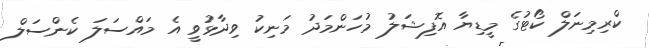
ކްރިމިނަލް ކޯޓުގެ މީޑިޔާ އޮފިޝަލު މުހަންމަދު މަނިކު ވިދާޅުވީ އެ މައްސަލަ ކެންސަލް